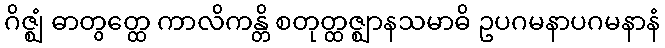
ဂိဇ္ဈံ ဓာတွတ္ထေ ကာလိကန္တိ စတုတ္ထဇ္ဈာနသမာဓိ ဥပဂမနာပဂမနာနံ